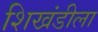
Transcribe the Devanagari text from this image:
शिखंडीला